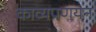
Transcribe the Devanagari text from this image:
काव्यप्रणयन